Report on malaria in the Punjab during the year ...  together with an account of the work of the Punjab Malaria Bureau - Volume 3
Disease focus: Malaria
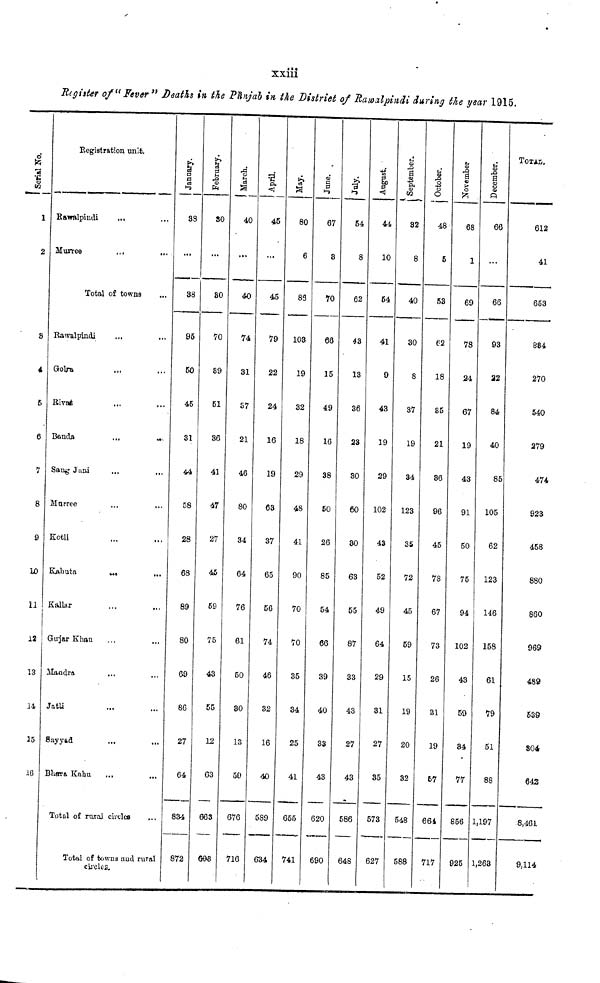
xxiii
Register of "Fever" Deaths in the Pïïnjab in the District of Rawalpindi during the year 1915.
Serial No.
1
2
S
4
5
6
7
8
9
10
11
\2
Î3
14
15
16
Registration unit.
Rawalpindi
...
...
Total of towns
Rawalpindi
Golra
Rivat ... ...
Bando
...
...
Sang Jani ... ...
Morree
,.,
...
Kotli ... ...
Kahuta
...
...
Kallar ... ...
Gujar Khan ... ...
Mandra ... ...
Jatli ... ...
Sayyed ... ...
Bhara Kahu ... ...
Total of rural circles ...
Total of towns and rural
circles.
January.
33
38
95
50
45
31
44
58
28
68
89
80
69
86
27
64
834
872
February.
30
30
70
89
51
36
41
47
27
45
59
75
43
55
12
63
663
698
March.
40
40
74
31
57
21
46
80
34
64
76
61
50
30
13
50
676
716
April.
45
45
79
22
24
16
19
63
37
65
56
74
46
32
16
40
589
634
May.
80
6
83
103
19
32
18
29
48
41
90
70
70
35
34
25
41
655
741
June.
67
8
10
66
15
49
16
38
50
26
85
54
66
39
40
33
43
620
690
July.
54
8
62
43
13
36
23
30
60
30
63
55
87
33
43
27
43
586
648
August.
44
10
54
41
9
43
19
29
102
43
52
49
64
29
31
27
35
573
627
September.
1
32
8
40
30
8
37
19
34
123
35
72
45
59
15
19
20
32
548
588
October.
48
5
53
62
18
35
21
36
96
45
78
67
73
26
31
19
57
664
717
>
68
1
69
78
24
67
19
43
91
50
75
94
102
43
59
34
77
856
925
December.
66
...
66
93
22
84
40
85
105
62
123
146
158
61
79
51
88
1,197
1,263
TOTAL.
612
41
653
884
270
540
279
474
923
458
880
860
969
489
539
804
643
8,461
9,114